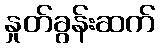
နှုတ်ခွန်းဆက်